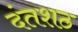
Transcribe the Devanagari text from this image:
दंतशठ